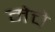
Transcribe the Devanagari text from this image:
मेचे